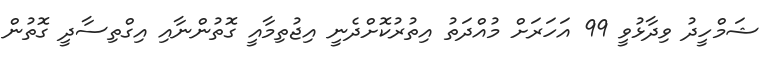
ޝަމްހީދު ވިދާޅުވީ 99 އަހަރަށް މުއްދަތު އިތުރުކޮށްދެނީ އިޖުތިމާއީ ގޮތުންނާއި އިގްތިސާދީ ގޮތުން